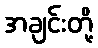
အချင်းတို့